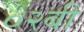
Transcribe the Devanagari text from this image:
०२बी